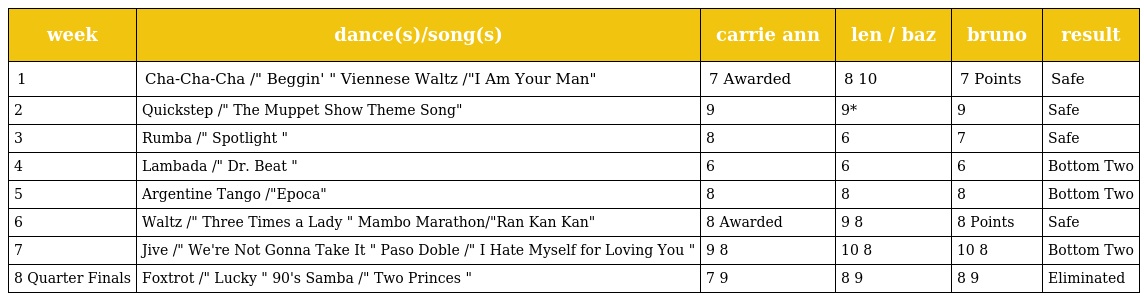
| week | dance(s)/song(s) | carrie ann | len / baz | bruno | result |
 | --- | --- | --- | --- | --- | --- |
 | 1 | Cha-Cha-Cha /" Beggin' " Viennese Waltz /"I Am Your Man" | 7 Awarded | 8 10 | 7 Points | Safe |
 | 2 | Quickstep /" The Muppet Show Theme Song" | 9 | 9* | 9 | Safe |
 | 3 | Rumba /" Spotlight " | 8 | 6 | 7 | Safe |
 | 4 | Lambada /" Dr. Beat " | 6 | 6 | 6 | Bottom Two |
 | 5 | Argentine Tango /"Epoca" | 8 | 8 | 8 | Bottom Two |
 | 6 | Waltz /" Three Times a Lady " Mambo Marathon/"Ran Kan Kan" | 8 Awarded | 9 8 | 8 Points | Safe |
 | 7 | Jive /" We're Not Gonna Take It " Paso Doble /" I Hate Myself for Loving You " | 9 8 | 10 8 | 10 8 | Bottom Two |
 | 8 Quarter Finals | Foxtrot /" Lucky " 90's Samba /" Two Princes " | 7 9 | 8 9 | 8 9 | Eliminated |